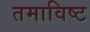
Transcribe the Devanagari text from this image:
तमाविष्ट